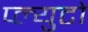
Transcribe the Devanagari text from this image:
प्ल्युटो